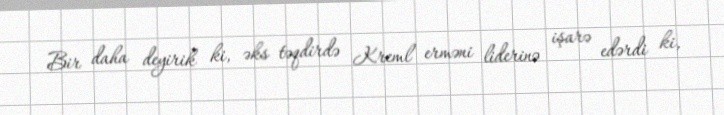
Bir daha deyirik ki, əks təqdirdə Kreml erməni liderinə işarə edərdi ki,